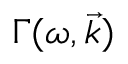
\Gamma ( \omega , \vec { k } )